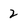
Character: 2